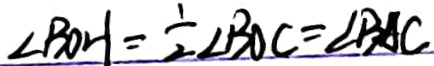
\angle B O H = \frac { 1 } { 2 } \angle B O C = \angle B A C